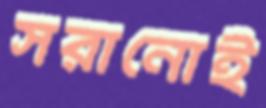
সরানোই